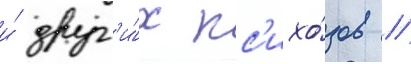
и́ друг'и́х пс'ихо́зов //